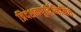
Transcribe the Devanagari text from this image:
त्रिदशकपूर्तिनिमित्ते